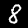
Digit: 8